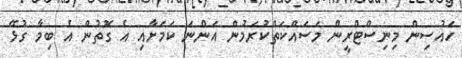
ހައުސިން މިނިސްޓްރީން މަސައްކަތްކުރަމުން އަންނަ ކަމަށާއި އެ ގޮތުން އެ ބިމާ ގުޅޭ